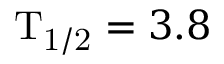
\mathrm { T _ { 1 / 2 } } = 3 . 8